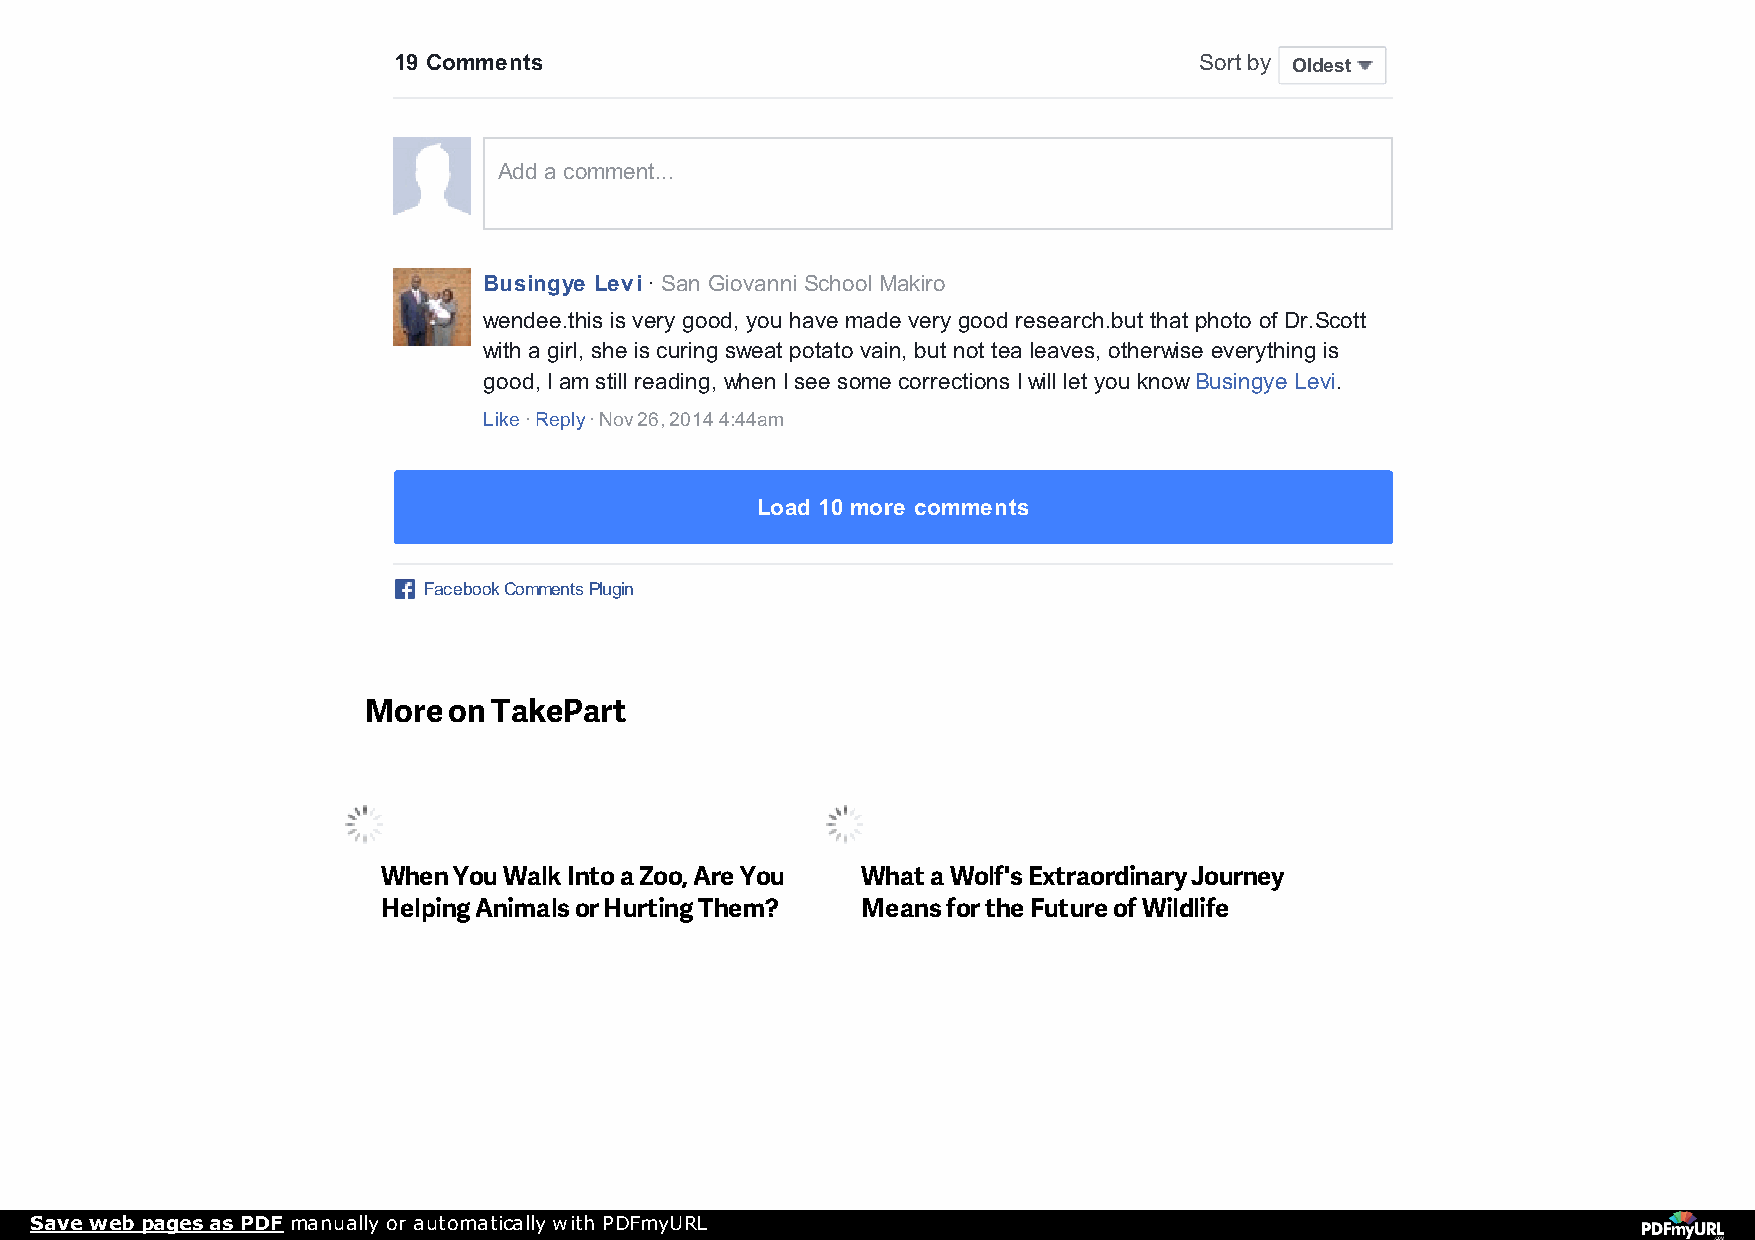
19 Comments                                          Sort by Oldest
 Add a comment...
 Busingye Levi · San Giovanni School Makiro
 wendee.this is very good, you have made very good research.but that photo of Dr.Scott
 with a girl, she is curing sweat potato vain, but not tea leaves, otherwise everything is
 good, I am still reading, when I see some corrections I will let you know Busingye Levi.
 Like · Reply · Nov 26, 2014 4:44am
 Load 10 more comments
 Facebook Comments Plugin
 More  on TakePart
 When You Walk Into a Zoo, Are You What a Wolf's Extraordinary Journey
 Helping Animals or Hurting Them? Means for the Future of Wildlife
 Save web pages as PDF manually or automatically with PDFmyURL